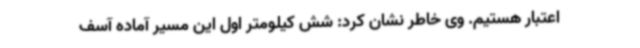
اعتبار هستیم. وی خاطر نشان کرد: شش کیلومتر اول این مسیر آماده آسف